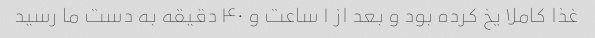
غذا کاملا یخ کرده بود و بعد از ۱ ساعت و ۴۰ دقیقه به دست ما رسید